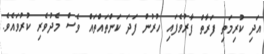
އަދި ކުރިމަތި ފަރާތް ފާރުވެފައި ހުރުން ފަދަ ކަންތައްތައް ވެސް މެދުވެރި ކުރުވައެވެ.